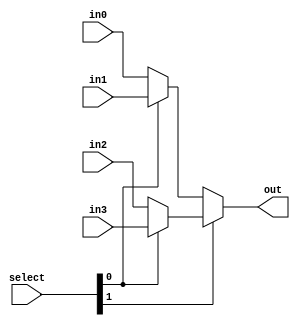
module mux_4x1 (in0, in1, in2, in3, select, out);

input in0, in1, in2, in3;
input [1:0] select;
output out;

assign out = select[1] ? (select[0] ? in3 : in2) : (select[0] ? in1 : in0);


endmodule